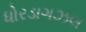
ધોરડાગઝલ